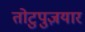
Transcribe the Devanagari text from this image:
तोटुपुज़यार